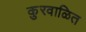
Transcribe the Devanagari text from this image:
कुरवाळित